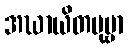
အဃာယိတပုဗ္ဗာ